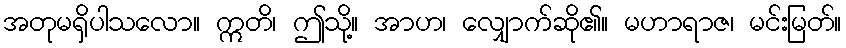
အတုမရှိပါသလော။ ဣတိ၊ ဤသို့။ အာဟ၊ လျှောက်ဆို၏။ မဟာရာဇ၊ မင်းမြတ်။